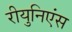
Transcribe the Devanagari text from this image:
रीयुनिएंस